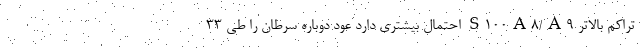
تراکم بالاتر S100A8/A9 احتمال بیشتری دارد عود دوباره سرطان را طی 33